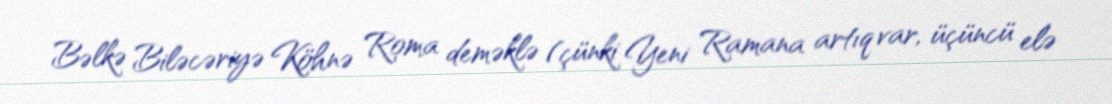
Bəlkə Biləcəriyə Köhnə Roma deməklə (çünki Yeni Ramana artıq var, üçüncü elə